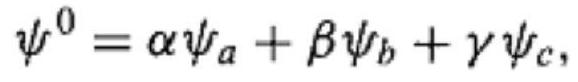
$\psi^{0}=\alpha \psi_{a}+\beta \psi_{b}+\gamma \psi_{c},$